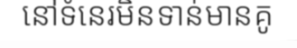
នៅទំនេរមិនទាន់មានគូ